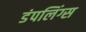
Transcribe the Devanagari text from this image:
डंपलिंग्स